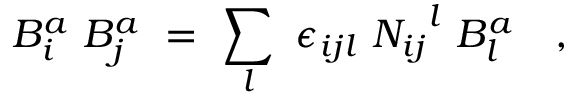
{ B } _ { i } ^ { a } \ { B } _ { j } ^ { a } \ = \ \sum _ { l } \ \epsilon _ { i j l } \ { N _ { i j } } ^ { l } \ { B } _ { l } ^ { a } \quad ,